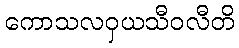
ကောသလဝှယသီဝလီတိ